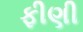
ફીણી